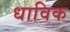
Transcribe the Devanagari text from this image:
धाविक